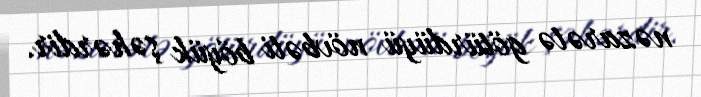
nəzarətə götürdüyü növbəti böyük şəhərdir.